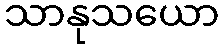
သာနုသယော